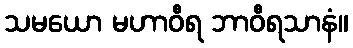
သမယော မဟာဝီရ ဘာဝီရသာနံ။